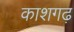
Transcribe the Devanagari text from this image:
काशगढ़